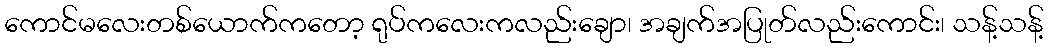
ကောင်မလေးတစ်ယောက်ကတော့ ရုပ်ကလေးကလည်းချော၊ အချက်အပြုတ်လည်းကောင်း၊ သန့်သန့်